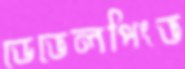
ডেভেলপিংভ